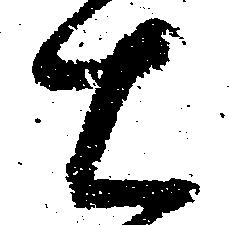
右